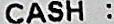
CASH :